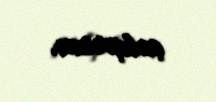
çalışıram.